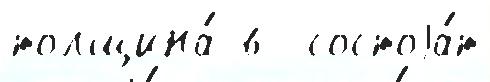
толщина́ в  состоjа́т